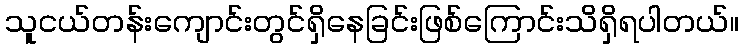
သူငယ်တန်းကျောင်းတွင်ရှိနေခြင်းဖြစ်ကြောင်းသိရှိရပါတယ်။